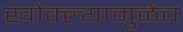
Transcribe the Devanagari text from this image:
खोक्ल्यामुळेच